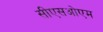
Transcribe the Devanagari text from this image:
सीएसओएम